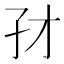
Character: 𰌜